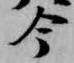
今